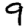
Digit: 9